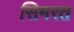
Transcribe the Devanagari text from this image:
सिमरत